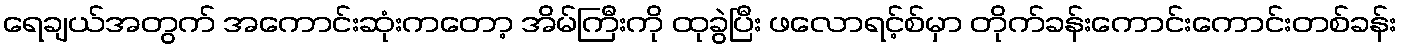
ရေချယ်အတွက် အကောင်းဆုံးကတော့ အိမ်ကြီးကို ထုခွဲပြီး ဖလောရင့်စ်မှာ တိုက်ခန်းကောင်းကောင်းတစ်ခန်း